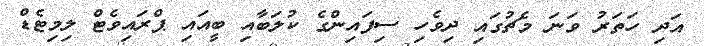
އަދި ހަތަރު ވަނަ މެޗުގައި ދިވެހި ސިފައިންގެ ކުލަބާއި ބީއައި ޕްރައިވެޓް ލިމިޓެޑް